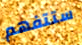
ستتفهم